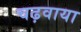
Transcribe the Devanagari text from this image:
चढ़वाया